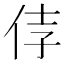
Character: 𰁵